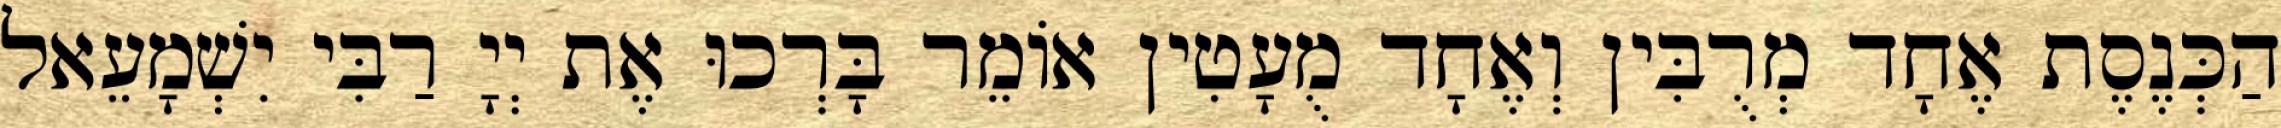
הַכְּנֶסֶת אֶחָד מְרֻבִּין וְאֶחָד מֻעָטִין אוֹמֵר בָּרְכוּ אֶת יְיָ רַבִּי יִשְׁמָעֵאל